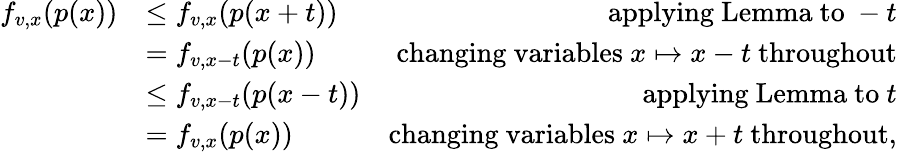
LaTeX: \begin{array}{rlr}{f_{v,x}(p(x))}&{\leq f_{v,x}(p(x+t))}&{\mathrm{applying~Lemma~to~}-t}\\ &{=f_{v,x-t}(p(x))}&{\mathrm{changing~variables~}x\mapsto x-t\mathrm{~throughout}}\\ &{\leq f_{v,x-t}(p(x-t))}&{\mathrm{applying~Lemma~to~}t}\\ &{=f_{v,x}(p(x))}&{\mathrm{changing~variables~}x\mapsto x+t\mathrm{~throughout},}\end{array}